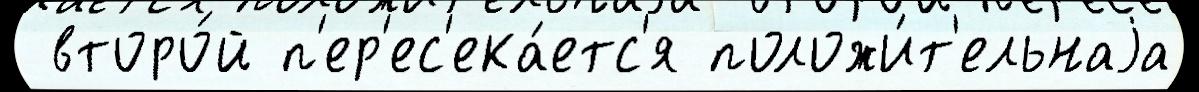
 второ́й п'ер'ес'ека́етс'я положи́т'ельнаjа